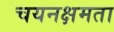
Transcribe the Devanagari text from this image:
चयनक्षमता